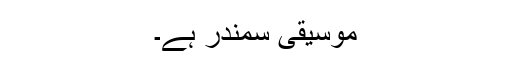
موسیقی سمندر ہے۔